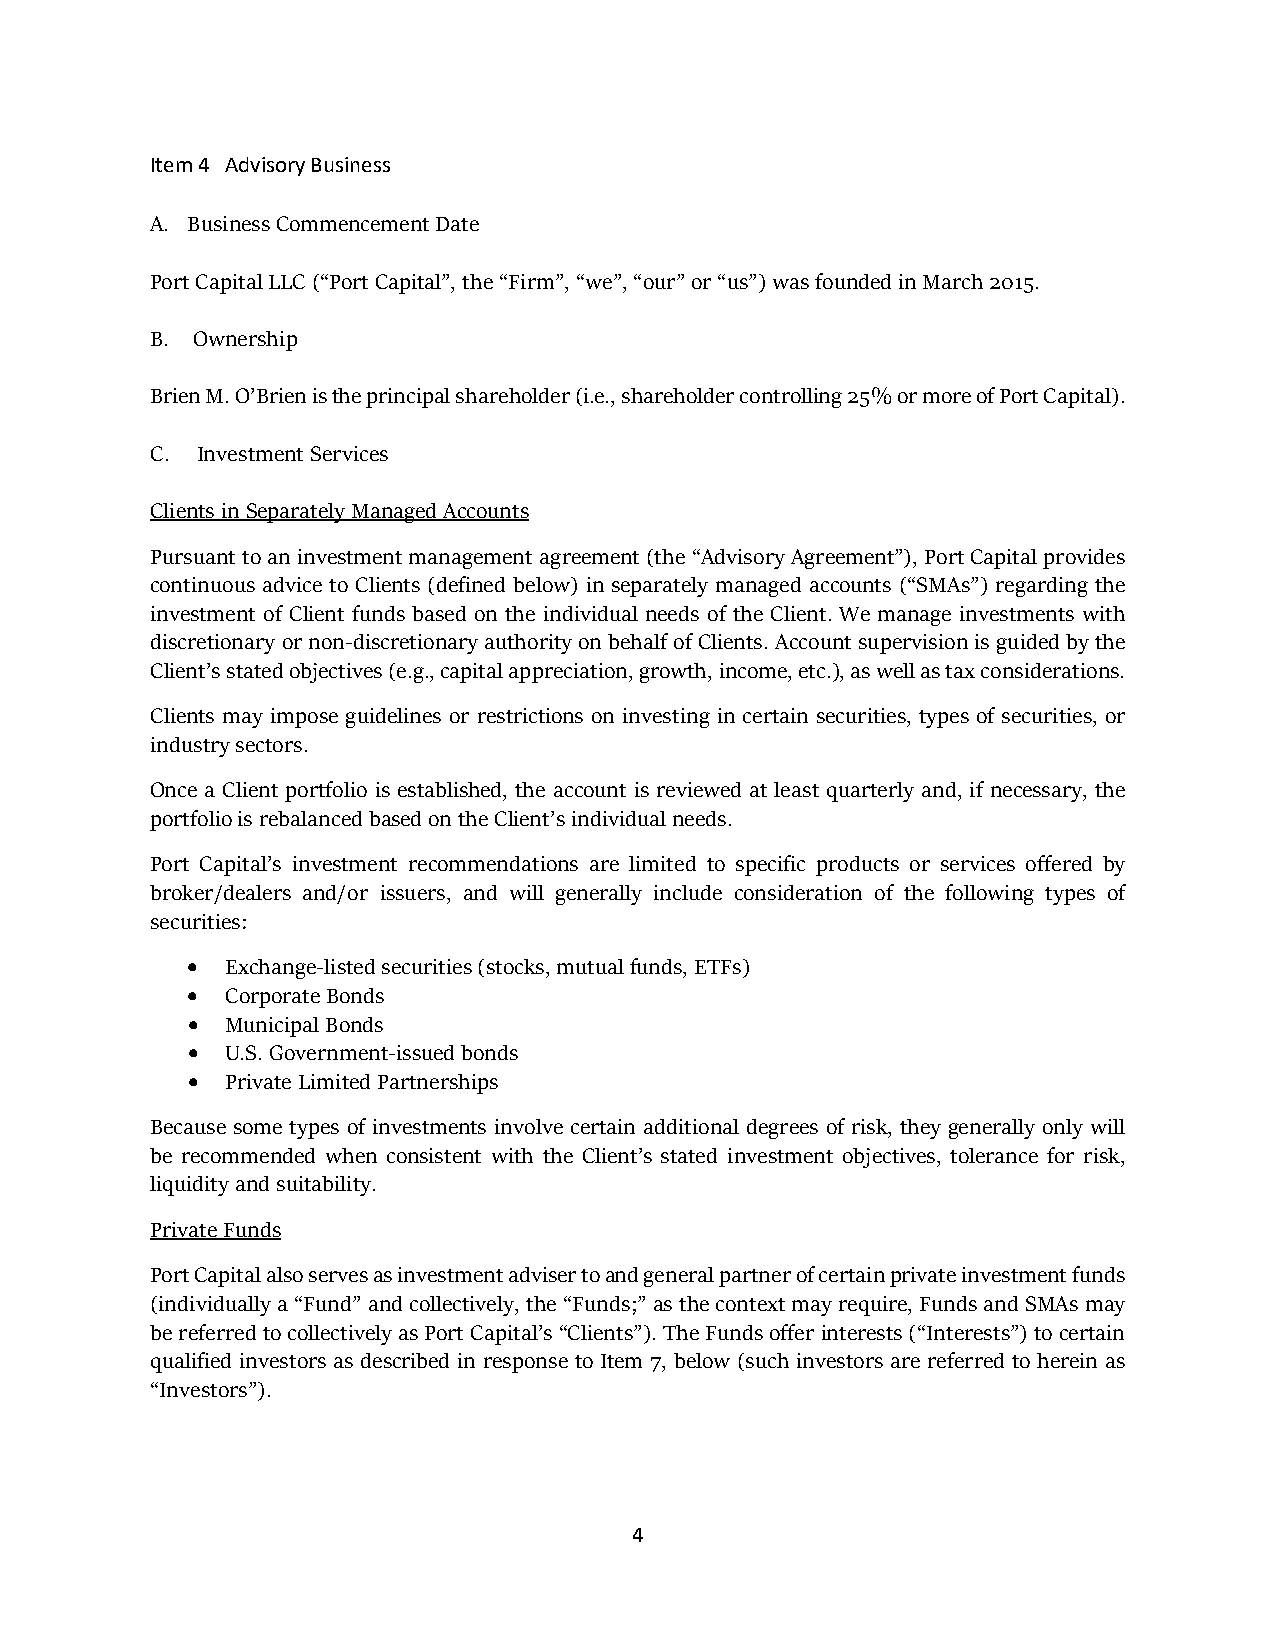
Item 4 Advisory Business
 A. Business Commencement Date
 Port Capital LLC (“Port Capital”, the “Firm”, “we”, “our” or “us”) was founded in March 2015.
 B. Ownership
 Brien M. O’Brien is the principal shareholder (i.e., shareholder controlling 25% or more of Port Capital).
 C. Investment Services
 Clients in Separately Managed Accounts
 Pursuant to an investment management agreement (the “Advisory Agreement”), Port Capital provides
 continuous advice to Clients (defined below) in separately managed accounts (“SMAs”) regarding the
 investment of Client funds based on the individual needs of the Client. We manage investments with
 discretionary or non-discretionary authority on behalf of Clients. Account supervision is guided by the
 Client’s stated objectives (e.g., capital appreciation, growth, income, etc.), as well as tax considerations.
 Clients may impose guidelines or restrictions on investing in certain securities, types of securities, or
 industry sectors.
 Once a Client portfolio is established, the account is reviewed at least quarterly and, if necessary, the
 portfolio is rebalanced based on the Client’s individual needs.
 Port Capital’s investment recommendations are limited to specific products or services offered by
 broker/dealers and/or issuers, and will generally include consideration of the following types of
 securities:
 •  Exchange-listed securities (stocks, mutual funds, ETFs)
 •  Corporate Bonds
 •  Municipal Bonds
 •  U.S. Government-issued bonds
 •  Private Limited Partnerships
 Because some types of investments involve certain additional degrees of risk, they generally only will
 be recommended when consistent with the Client’s stated investment objectives, tolerance for risk,
 liquidity and suitability.
 Private Funds
 Port Capital also serves as investment adviser to and general partner of certain private investment funds
 (individually a “Fund” and collectively, the “Funds;” as the context may require, Funds and SMAs may
 be referred to collectively as Port Capital’s “Clients”). The Funds offer interests (“Interests”) to certain
 qualified investors as described in response to Item 7, below (such investors are referred to herein as
 “Investors”).
 4